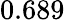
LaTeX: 0.689